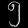
Digit: ၅